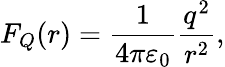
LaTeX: F_{Q}(r)=\frac{1}{4\pi\varepsilon_{0}}\frac{q^{2}}{r^{2}},